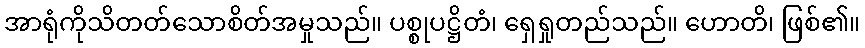
အာရုံကိုသိတတ်သောစိတ်အမှုသည်။ ပစ္စုပဋ္ဌိတံ၊ ရှေရှုတည်သည်။ ဟောတိ၊ ဖြစ်၏။